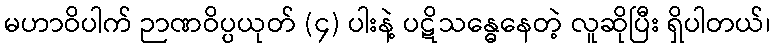
မဟာဝိပါက် ဉာဏဝိပ္ပယုတ် (၄) ပါးနဲ့ ပဋိသန္ဓေနေတဲ့ လူဆိုပြီး ရှိပါတယ်၊